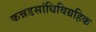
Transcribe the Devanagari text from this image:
कन्नडसांधिविग्रहिक